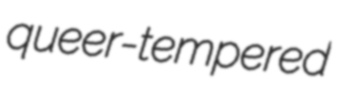
queer-tempered